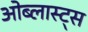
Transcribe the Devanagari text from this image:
ओब्लास्ट्स